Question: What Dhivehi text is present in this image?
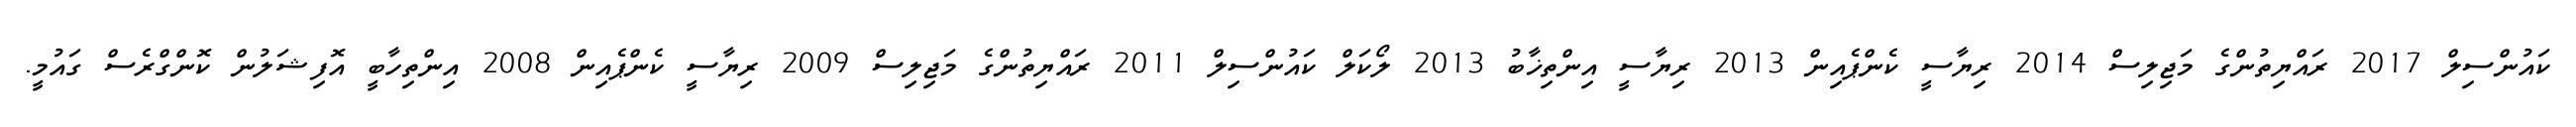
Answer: ކައުންސިލް 2017 ރައްޔިތުންގެ މަޖިލިސް 2014 ރިޔާސީ ކެންޕެއިން 2013 ރިޔާސީ އިންތިޚާބު 2013 ލޯކަލް ކައުންސިލް 2011 ރައްޔިތުންގެ މަޖިލިސް 2009 ރިޔާސީ ކެންޕެއިން 2008 އިންތިހާބީ އޮފިޝަލުން ކޮންގްރެސް ގައުމީ.